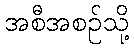
အစီအစဉ်သို့